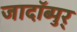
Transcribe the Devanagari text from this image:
जादॉब्पुर्